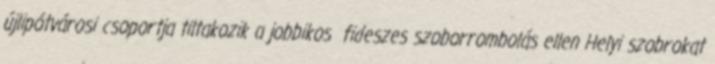
újlipótvárosi csoportja tiltakozik a jobbikos fideszes szoborrombolás ellen Helyi szobrokat